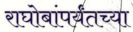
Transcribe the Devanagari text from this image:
राघोबांपर्यंतच्या